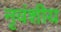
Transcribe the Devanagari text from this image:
नृवंशीय